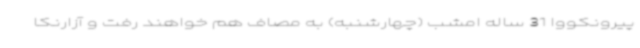
پیرونکووا 31 ساله امشب (چهارشنبه) به مصاف هم خواهند رفت و آزارنکا